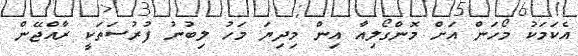
އެކަމަކު މޯހަން އަށް މޮންގޯލިއާ އިން މިދިޔަ މަހު ލިބުނު ފުރުސަތަކީ ރާއްޖޭން